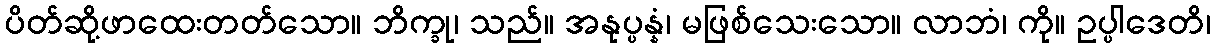
ပိတ်ဆို့ဖာထေးတတ်သော။ ဘိက္ခု၊ သည်။ အနုပ္ပန္နံ၊ မဖြစ်သေးသော။ လာဘံ၊ ကို။ ဥပ္ပါဒေတိ၊